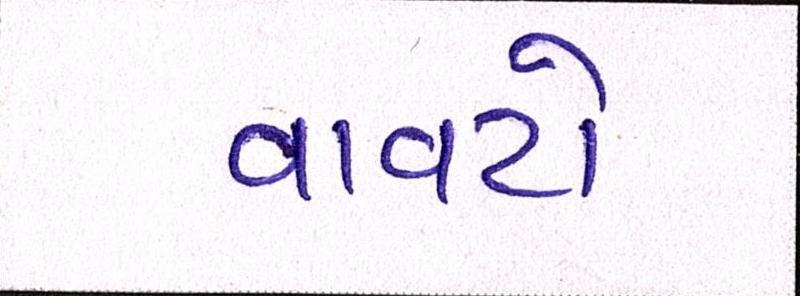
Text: વાવટો